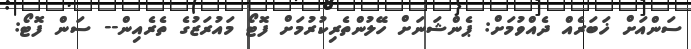
ސަންއަށް ޚަބަރެއް ދެއްވުމަށް: ޕެންޝަނަށް ހޭލުންތެރިކުުރުމަށް ފޮޓޯ މައުރަޒުގެ ތެރެއިން-- ސަން ފޮޓޯ: